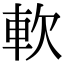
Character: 軟